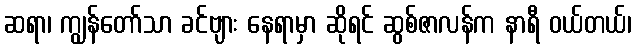
ဆရာ၊ ကျွန်တော်သာ ခင်ဗျား နေရာမှာ ဆိုရင် ဆွစ်ဇာလန်က နာရီ ဝယ်တယ်၊